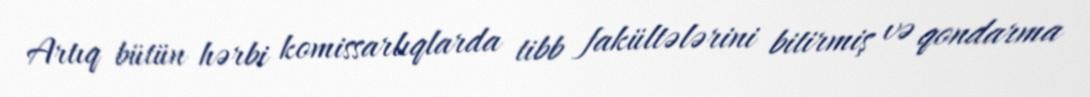
Artıq bütün hərbi komissarlıqlarda tibb fakültələrini bitirmiş və qondarma